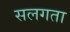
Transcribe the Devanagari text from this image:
सलगता